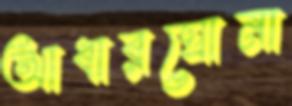
আধারঘোনা